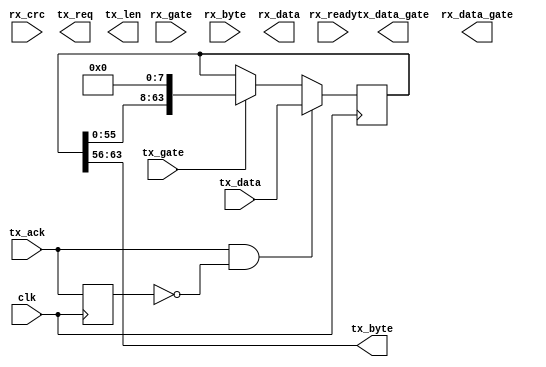
`timescale 1ns / 1ns

module raw_gateway( clk,
rx_ready, rx_gate, rx_crc, rx_byte,
tx_ack, tx_gate, tx_req, tx_len, tx_byte,
tx_data_gate,tx_data
,rx_data,rx_data_gate);
//data_rx_strobe, data_rx,data_to_net, data_to_net_gate);
parameter NUM_BYTE=8; // NUM_BYTE must in { 1, 2, 4, 8, 16}
parameter MAX_ONE_TXLEN=1024;
localparam TXLEN_WIDTH=$clog2(MAX_ONE_TXLEN)+1;
localparam DWIDTH=NUM_BYTE*8;

input clk;

input rx_ready;
input rx_gate;
input rx_crc; // ignored as in ipv4
input [7:0] rx_byte;

input tx_ack;
input tx_gate;
output tx_req;
output [TXLEN_WIDTH-1:0] tx_len;
output [7:0] tx_byte;

output tx_data_gate;
input [DWIDTH-1:0] tx_data;

output [DWIDTH-1:0] rx_data;
output rx_data_gate;
reg [DWIDTH-1:0] iwords=0;
reg [NUM_BYTE-1:0] octet_rx=0;
// RX
always @(posedge clk) begin
	if (rx_ready) begin
		octet_rx<= 1;
	end
	else if (rx_gate) begin
		octet_rx<={octet_rx[NUM_BYTE-2:0],octet_rx[NUM_BYTE-1]};
		iwords <= {iwords[NUM_BYTE*8-9:0],rx_byte};
	end
end
reg [DWIDTH-1:0] owords=0;
reg [NUM_BYTE-1:0] octet_tx=0;
// TX
reg tx_ack_d=0;
always @(posedge clk) begin
	tx_ack_d <= tx_ack;
	if (tx_ack & ~tx_ack_d) begin
		octet_tx <= 1;
		owords <= tx_data;
	end
	else if (tx_gate) begin
		octet_tx <= {octet_tx[NUM_BYTE-2:0],octet_tx[NUM_BYTE-1]};
		owords <= {owords[NUM_BYTE*8-9:0],8'b0};
	end
end
assign tx_byte=owords[DWIDTH-1:DWIDTH-8];
endmodule
//parameter jumbo_dw=14;